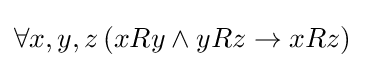
\forall x,y,z\,(xRy\wedge yRz\rightarrow xRz)